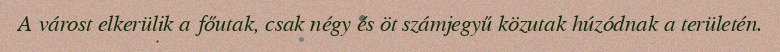
A várost elkerülik a főutak, csak négy és öt számjegyű közutak húzódnak a területén.